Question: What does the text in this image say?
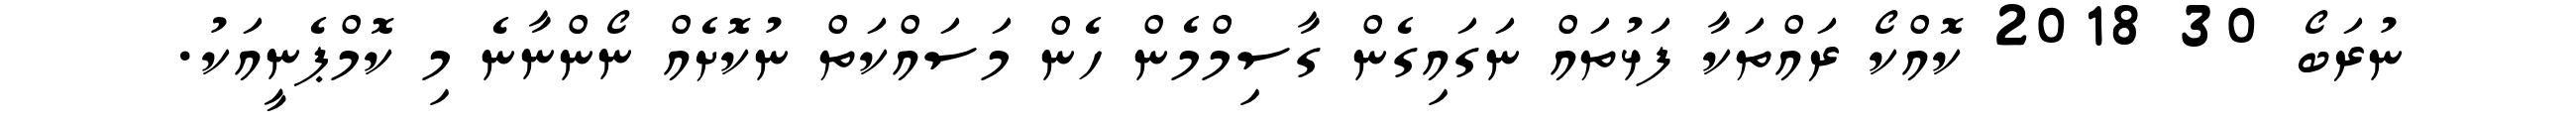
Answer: ނުރަބޯ 30 2018 ކޮއްކޯ ރައްތަކާ ފަޅުތައް ނަގައިގެން ގާސިމްމެން ހެން މަސައްކަތް ނުކޮށެއް ނޯންނާނެ މި ކޮމްޕެނީއަކު.